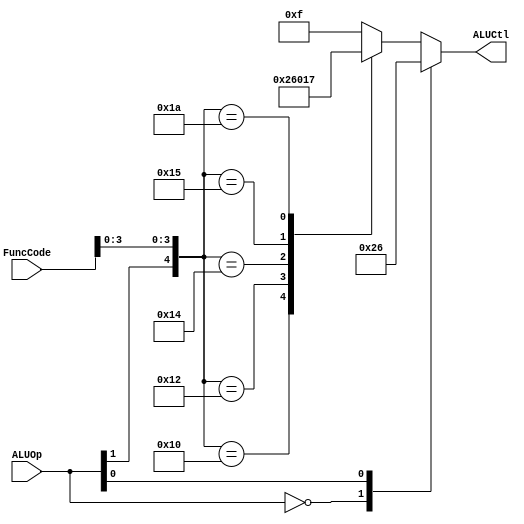
module ALU_CONTROL_UNIT(ALUOp, FuncCode, ALUCtl);
    input [1:0] ALUOp;
    input [5:0] FuncCode;
    output [3:0] ALUCtl;
    reg [3:0] ALUCtl;
    wire [7:0] comb;
    
    assign comb[7:0] = {ALUOp[1:0], FuncCode[5:0]};
    
    always @(comb) begin
        casex (comb)
            8'b00_xxxxxx:
                ALUCtl <= 4'b0010;
            8'bx1_xxxxxx:
                ALUCtl <= 4'b0110;
            8'b1x_xx0000:
                ALUCtl <= 4'b0010;
            8'b1x_xx0010:
                ALUCtl <= 4'b0110;   
            8'b1x_xx0100:
                ALUCtl <= 4'b0000;  
            8'b1x_xx0101:
                ALUCtl <= 4'b0001;
            8'b1x_xx1010:
                ALUCtl <= 4'b0111;
            default:
                ALUCtl <= 4'b1111;
        endcase
    end
    
endmodule